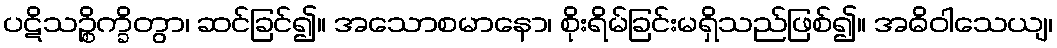
ပဋိသဉ္စိက္ခိတွာ၊ ဆင်ခြင်၍။ အသောစမာနော၊ စိုးရိမ်ခြင်းမရှိသည်ဖြစ်၍။ အဓိဝါသေယျ၊